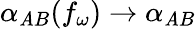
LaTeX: \alpha_{\mathit{A}B}(f_{\omega})\rightarrow\alpha_{\mathit{A}B}